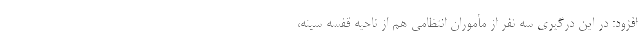
افزود: در این درگیری سه نفر از مأموران انتظامی هم از ناحیه قفسه سینه،